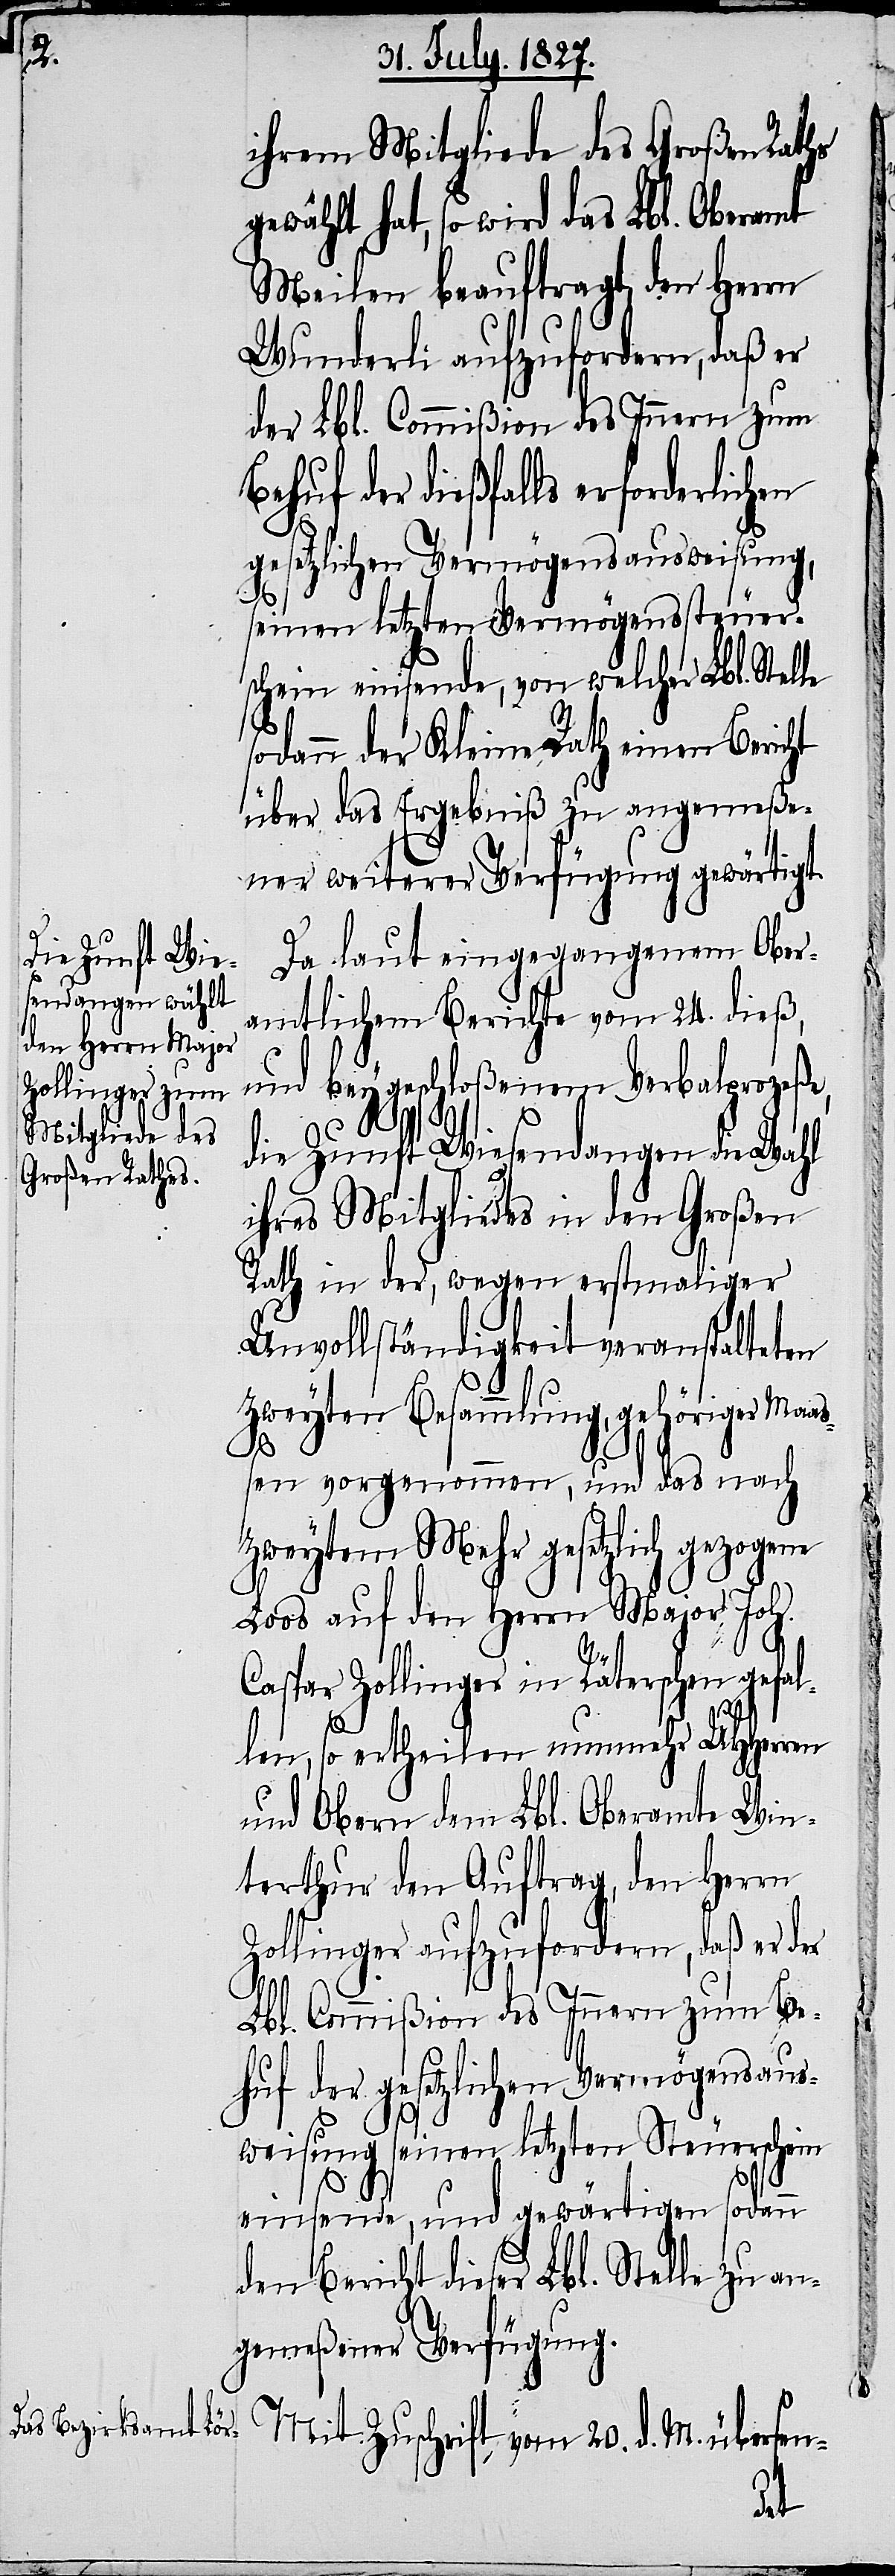
g¬

ihrem Mitgliede des Großen Raths
ewählt hat, so wird das Lbl. Oberamt
Meilen beauftragt, den Herrn
Wunderli aufzufordern, daß er
der Lbl. Commißion des Innern zum
der dießfalls erforderlichen
gesetzlichen Vermögensausweisung,
seinen letzten Vermögenssteuer¬
schein einsende, von welcher Lbl. Stelle
sodann der Kleine Rath einen Bericht
über das Ergebniß zu angemeße¬
ner weiterer Verfügung gewärtigt.
Da laut eingegangenem Ober¬
amtlichem Berichte vom 24. dieß,
und beygeschloßenem Verbalprozeße,
die Zunft Wiesendangen die Wahl
ihres Mitgliedes in den Großen
Rath in der, wegen erstmaliger
Unvollständigkeit veranstalteten
zweyten Besammlung, gehöriger Maaß¬
en vorgenommen, und das nach
zweytem Mehr gesetzlich gezogene
Loos auf den Herrn Major Joh.
Caspar Zollinger in Räterschen gefal¬
len, so ertheilen nunmehr UHHerren
und Obern dem Lbl. Oberamt Win¬
terthur den Auftrag, den Herrn
Zollinger aufzufordern, daß er der
Lbl. Commißion des Innern zum Be¬
huf der gesetzlichen Vermögensaus¬
weisung seinen letzten Steuerschein
einsende, und gewärtigen sodann
den Bericht dieser Lbl. Stelle zu an¬
gemeßener Verfügung.
Mit Zuschrift vom 20. d. M. übersen-